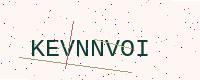
Text: KEVNNVOI